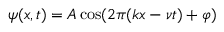
\psi ( x , t ) = A \cos ( 2 \pi ( k x - \nu t ) + \varphi )